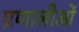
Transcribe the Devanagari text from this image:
प्रणालीओं